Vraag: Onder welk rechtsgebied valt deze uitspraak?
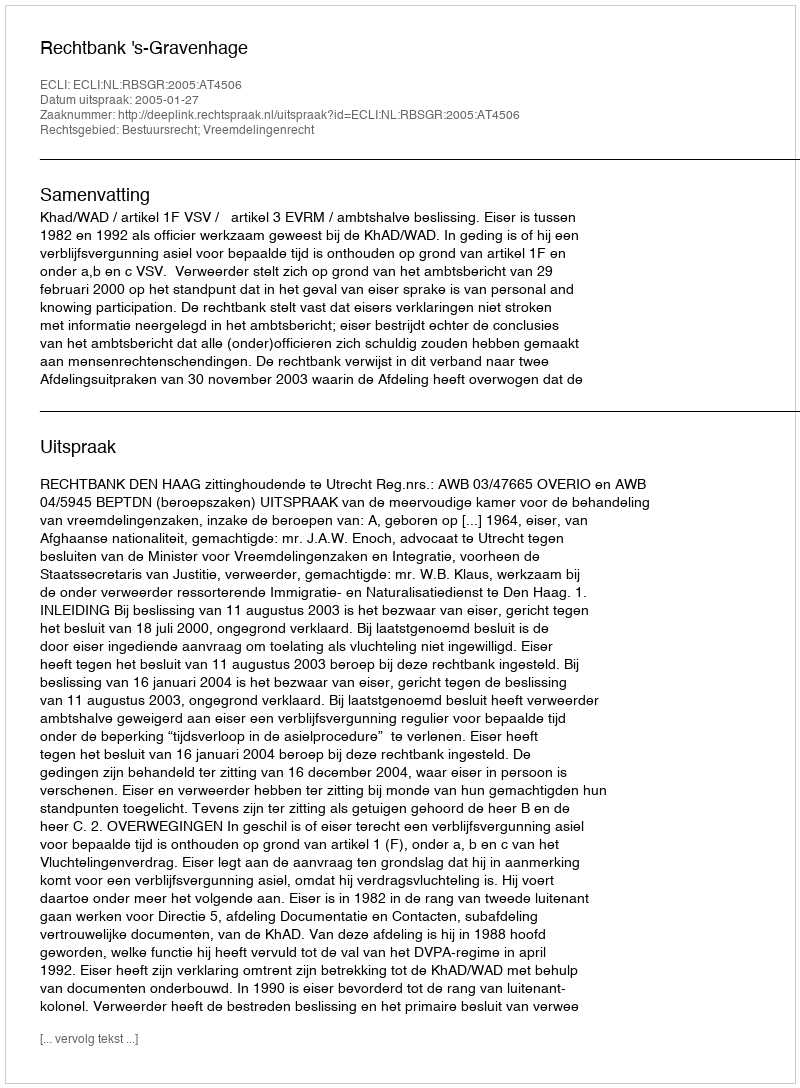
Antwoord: Bestuursrecht; Vreemdelingenrecht